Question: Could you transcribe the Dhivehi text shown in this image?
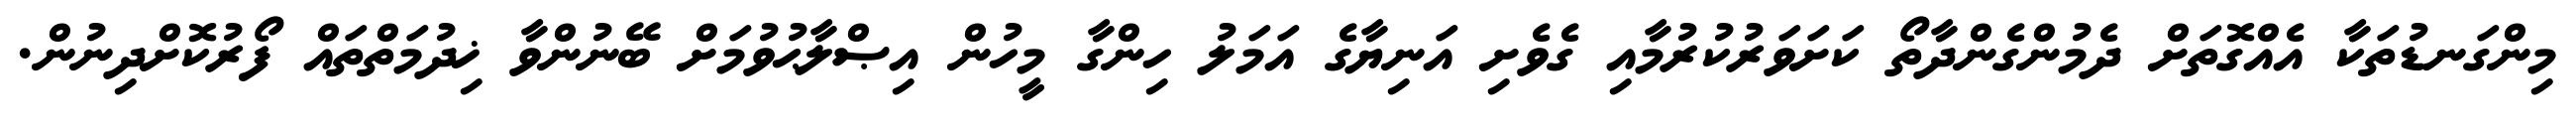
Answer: މިންގަނޑުތަކާ އެއްގޮތަށް ދެމުންގެންދާތޯ ކަށަވަރުކުރުމާއި ގެވެށި އަނިޔާގެ އަމަލު ހިންގާ މީހުން އިޞްލާޙުވުމަށް ބޭނުންވާ ޚިދުމަތްތައް ފޯރުކޮށްދިނުން.